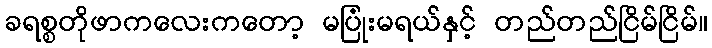
ခရစ္စတိုဖာကလေးကတော့ မပြုံးမရယ်နှင့် တည်တည်ငြိမ်ငြိမ်။